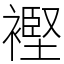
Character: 𧜶